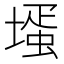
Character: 𡐆